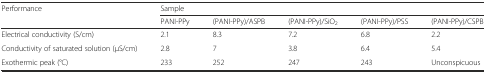
<table><thead><tr><td rowspan="2"><b>Performance</b></td><td colspan="5"><b>Sample</b></td></tr><tr><td><b>PANI-PPy</b></td><td><b>(PANI-PPy)/ASPB</b></td><td><b>(PANI-PPy)/SiO<sub>2</sub></b></td><td><b>(PANI-PPy)/PSS</b></td><td><b>(PANI-PPy)/CSPB</b></td></tr></thead><tbody><tr><td>Electrical conductivity (S/cm)</td><td>2.1</td><td>8.3</td><td>7.2</td><td>6.8</td><td>2.2</td></tr><tr><td>Conductivity of saturated solution (μS/cm)</td><td>2.8</td><td>7</td><td>3.8</td><td>6.4</td><td>5.4</td></tr><tr><td>Exothermic peak (°C)</td><td>233</td><td>252</td><td>247</td><td>243</td><td>Unconspicuous</td></tr></tbody></table>